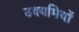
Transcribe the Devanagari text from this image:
उदयमियों